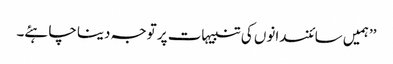
’’ہمیں سائنسدانوں کی تنبیہات پر توجہ دینا چاہئے۔